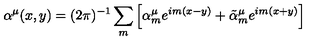
\alpha ^ { \mu } ( x , y ) = ( 2 \pi ) ^ { - 1 } \sum _ { m } \left[ \alpha _ { m } ^ { \mu } e ^ { i m ( x - y ) } + \tilde { \alpha } _ { m } ^ { \mu } e ^ { i m ( x + y ) } \right]